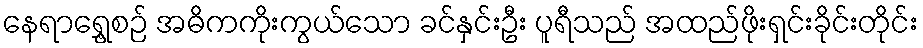
နေရာရွှေ့စဉ် အဓိကကိုးကွယ်သော ခင်နှင်းဦး ပူရီသည် အထည်ဖိုးရှင်းခိုင်းတိုင်း